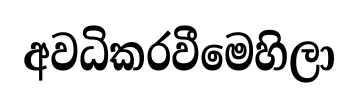
අවධිකරවීමෙහිලා